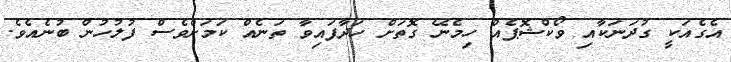
އެގެއަކީ ގުދަނަކާއި ވޯކްޝޮޕެއް ހިމެނޭ ގޮތަށް ހަދާފައިވާ ތަނެއް ކަމަށްވެސް ފުލުހުން ބުނެއެވެ.